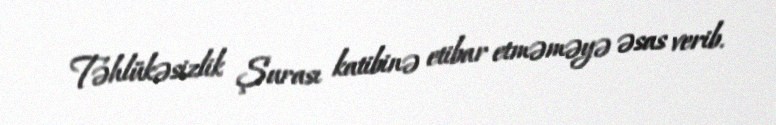
Təhlükəsizlik Şurası katibinə etibar etməməyə əsas verib.